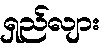
ရှည်လျား